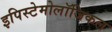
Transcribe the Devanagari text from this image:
इपिस्टेमोलॉजिकल